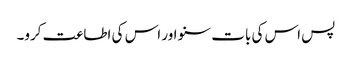
پس اس کی بات سنو اور اس کی اطاعت کرو۔